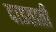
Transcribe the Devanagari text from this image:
दाडताती